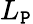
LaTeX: L_{\mathtt{P}}